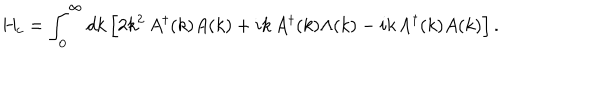
LaTeX: H _ { c } = \int _ { 0 } ^ { \infty } d k \, \Bigl [ 2 k ^ { 2 } \, A ^ { \dagger } ( k ) A ( k ) + i k \, A ^ { \dagger } ( k ) \Lambda ( k ) - i k \, \Lambda ^ { \dagger } ( k ) A ( k ) \Bigr ] \, .